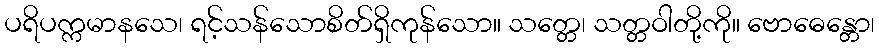
ပရိပက္ကမာနသေ၊ ရင့်သန်သောစိတ်ရှိကုန်သော။ သတ္တေ၊ သတ္တဝါတို့ကို။ ဗောဓေန္တော၊